Vaccination in Bombay 1889-1901 - 1889-1901
Year: 1889
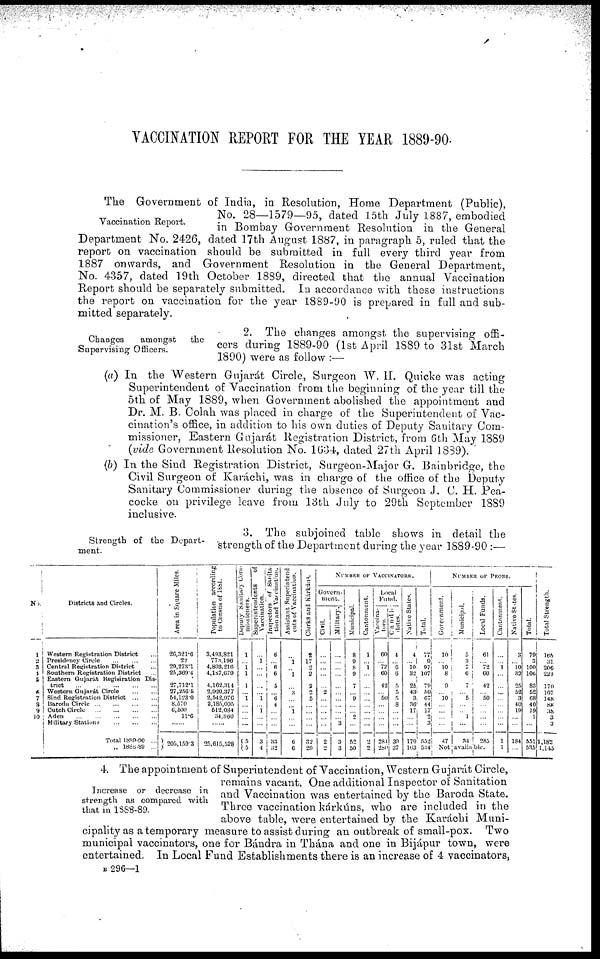
VACCINATION REPORT FOR THE YEAR 1889-90.
Vaccination Report.
The Government of India, in Resolution, Home Department (Public),
No. 28—1579—95, dated 15th July 1887, embodied
in Bombay Government Resolution in the General
Department No. 2426, dated 17th August 1887, in paragraph 5, ruled that the
report on vaccination should be submitted in full every third year from
1887 onwards, and Government Resolution in the General Department,
No. 4357, dated 19th October 1889, directed that the annual Vaccination
Report should be separately submitted. In accordance with these instructions
the report on vaccination for the year 1889-90 is prepared in full and sub-
mitted separately.
Changes
amongst
the
Supervising Officers.
2. The changes amongst the supervising offi-
cers during 1889-90 (1st April 1889 to 31st March
1890) were as follow :—
(a) In the Western Gujarát Circle, Surgeon W. H. Quicke was acting
Superintendent of Vaccination from the beginning of the year till the
5th of May 1889, when Government abolished the appointment and
Dr. M. B. Colah was placed in charge of the Superintendent of Vac-
cination's office, in addition to his own duties of Deputy Sanitary Com-
missioner, Eastern Gujarát Registration District, from 6th May 1889
(vide Government Resolution No. 1634, dated 27th April 1839).
(b) In the Sind Registration District, Surgeon-Major G. Bainbridge, the
Civil Surgeon of Karáchi, was in charge of the office of the Deputy
Sanitary Commissioner during the absence of Surgeon J. C. H. Pea¬
cocke on privilege leave from 13th July to 29th September 1889
inclusive.
Strength of the Depart-
ment.
3. The subjoined table shows in detail the
strength of the Department during the year 1889-90 :—
No.
1
2 3
4
5
6
7
8
9
10
Districts and Circles.
Western Registration District ...
Presidency Circle
...
...
...
Central Registration District ...
Southern Registration District ...
Eastern Gujarát Regisiration Dis-
trict
...
...
...
...
...
Western Gujarát Circle
...
...
Sind Registration District
...
...
Baroda
Circle...
...
...
...
Cutch Circle
...
...
...
...
Aden
...
...
...
...
...
Military Stations
...
...
...
Total 1889-90 ...
„ 1888-89 ...
Area in Square Miles.
26,321.6
22
29,273.1
25,369.4
27,712.1
27,256.5
54,123.0
8,570
6,500
11.6
......
205,159.3
Population according
to Census of 1881.
3,493,821
773,196
4,803,216
4,187,679
4,162,314
2,920,377
2,542,976
2,185,005
512,084
34,860
......
25,615,528
Deputy Sanitary Com¬
missioners.
1
...
1
1
1
...
1
...
...
...
...
5
5
Superintendents
of
Vaccination.
...
1
...
...
...
...
1
...
1
...
...
3
4
Inspectors of Sanita
tion and Vaccination.
6
...
6
6
5
...
6
4
...
...
...
33
32
Assistant Superintend
ents of Vaccination.
...
1
...
1
...
3
...
...
1
...
...
6
6
Clerk8 and Kárkúns.
2
17
2
2
2
2
5
...
...
...
...
32
29
NUMBER OF VACCINATORS.
Govern¬
ment.
Civil.
...
...
...
...
...
2
...
...
...
...
...
2
2
Military.
...
...
...
...
...
...
...
...
...
...
3
3
3
Municipal.
8
9
8
9
7
...
9
...
...
2
...
52
50
Cantonment.
1
... 1
...
...
...
...
...
...
...
...
2
2
Local
Fund.
Vaccina-
tion.
60
...
72
60
42
...
50
...
...
...
...
281
280
Candi¬
dates.
4
...
6
6
5
5
5
8
...
...
...
39
37
Native States.
4
... 10
32
25
43
3
36
17
...
...
170
163
Total.
77
9
97
107
79
50
97
44
17
2
3
552
534
NUMBER OF PEONS.
Government.
10
...
10 8
9
...
10
...
...
...
...
47
Municipal.
5
3
7
6
7
...
5
... ...
1
...
34
Local Funds.
61
... 72
60
42
...
50
...
...
...
...
285
Not available.
Cantonment.
...
...
1
...
...
...
...
...
...
...
...
1
1
Native States.
3
...
10
32
25
52
3
40
19
...
...
184
...
Total.
79
3
100
106
83
52
68
40
19
1
...
551
535
Total Strength.
165
31
206
223
170
107
148
88
38
3
3
1,182
1,145
Increase or decrease in
strength as compared with
that in 1888-89.
4. The appointment of Superintendent of Vaccination, Western Gujarát Circle,
remains vacant. One additional Inspector of Sanitation
and Vaccination was entertained by the Baroda State.
Three vaccination kárkúns, who are included in the
above table, were entertained by the Karáchi Muni-
cipality as a temporary measure to assist during an outbreak of small-pox. Two
municipal vaccinators, one for Bándra in Thána and one in Bijápur town, were
entertained. In Local Fund Establishments there is an increase of 4 vaccinators,
B 296—1